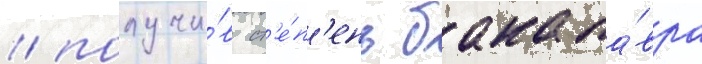
/ получи́в ст'е́п'ень бакала́вра